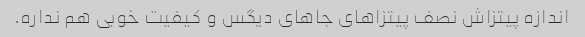
اندازه پیتزاش نصف پیتزاهای جاهای دیگس و کیفیت خوبی هم نداره.